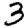
Digit: 3